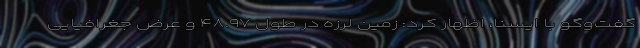
گفت‌وگو با ایسنا، اظهار کرد: زمین لرزه در طول ۴۸.۹۷ و عرض جغرافیایی